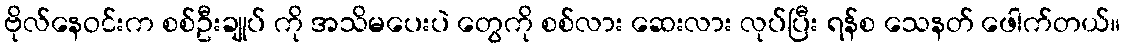
ဗိုလ်နေဝင်းက စစ်ဦးချုပ် ကို အသိမပေးပဲ တွေကို စစ်လား ဆေးလား လုပ်ပြီး ရန်စ သေနတ် ဖေါက်တယ်။